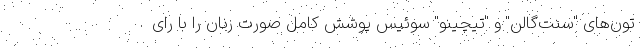
تون‌های "سنت‌گالن" و "تیچینو" سوئیس پوشش کامل صورت زنان را با رای